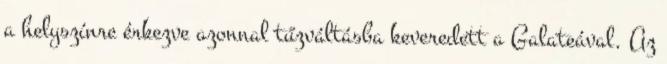
a helyszínre érkezve azonnal tűzváltásba keveredett a Galateával. Az